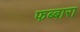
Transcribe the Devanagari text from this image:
फब्बारा